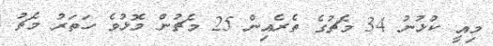
މިއީ ކުޅުނު 34 މެޗުގެ ތެރެއިން 25 މެޗުން މޮޅުވެ ހަތަރު މެޗު